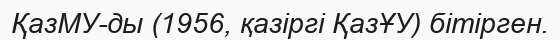
ҚазМУ-ды (1956, қазіргі ҚазҰУ) бітірген.